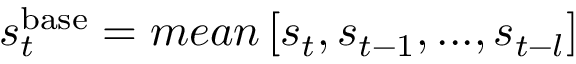
s _ { t } ^ { \mathrm { b a s e } } = m e a n \left[ s _ { t } , s _ { t - 1 } , . . . , s _ { t - l } \right]